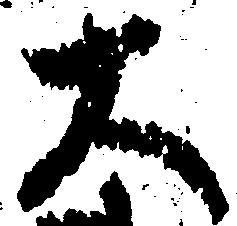
大